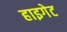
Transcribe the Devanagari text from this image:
हाइगेट